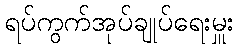
ရပ်ကွက်အုပ်ချုပ်ရေးမှူး